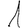
Digit: 1